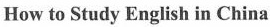
How to Study English in China